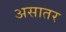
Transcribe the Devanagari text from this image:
असातर